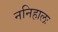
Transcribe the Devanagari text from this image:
ननिहालः